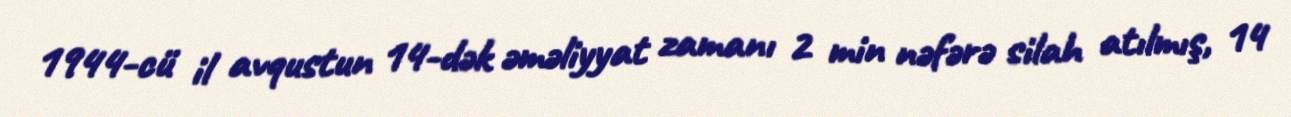
1944-cü il avqustun 14-dək əməliyyat zamanı 2 min nəfərə silah atılmış, 14